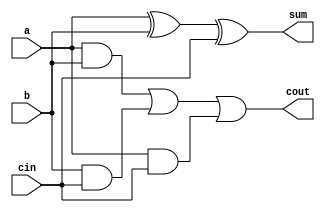
module full_adder(
  input wire a, b, cin,
  output wire sum, cout
);

  assign {cout, sum} = {((a & b) | (b & cin) | (a & cin)), a^b^cin};
  //or
  //assign sum = a^b^cin;
  //assign cout = (a & b) | (b & cin) | (a & cin);

endmodule

module ripple_carry_adder_subtractor #(parameter SIZE = 4) (
  input wire [SIZE-1:0] A, B,
  input wire CTRL,
  output wire [SIZE-1:0] S,
  output wire Cout
);
  wire [SIZE-1:0] Bc;
  wire [SIZE:0] carry; // Intermediate carry signals
  assign carry[0] = CTRL; // Initial carry is CTRL for subtraction

  genvar g;

  // Generate Bc array based on CTRL (1 for subtraction, 0 for addition)
  generate
    for(g = 0; g < SIZE; g = g + 1) begin
      assign Bc[g] = B[g] ^ CTRL;
    end
  endgenerate

  full_adder fa0(A[0], Bc[0], CTRL, S[0], carry[1]);

  generate
    for(g = 1; g < SIZE; g = g + 1) begin
      full_adder fa(
        .a(A[g]),
        .b(Bc[g]),
        .cin(carry[g]),
        .sum(S[g]),
        .cout(carry[g+1])
      );
    end
  endgenerate

  assign Cout = carry[SIZE]; // Final carry out

endmodule